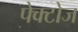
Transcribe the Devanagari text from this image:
पेक्टोज